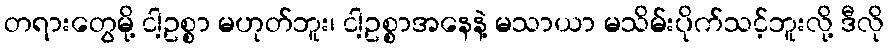
တရားတွေမို့ ငါ့ဥစ္စာ မဟုတ်ဘူး၊ ငါ့ဥစ္စာအနေနဲ့ မသာယာ မသိမ်းပိုက်သင့်ဘူးလို့ ဒီလို